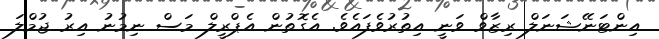
އިންޓަނޭޝަނަލް ރިޒާވް ވަނީ އިތުރުވެފައެވެ. އެގޮތުން އެޕްރީލް މަސް ނިމުނު އިރު ޖުމްލަ